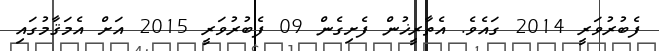
ފެބުރުވަރީ 2014 ގައެވެ. އެތާރީޚުން ފެށިގެން 09 ފެބުރުވަރީ 2015 އަށް އެމަޤާމުގައި